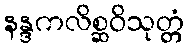
နန္ဒကလိစ္ဆဝိသုတ္တံ